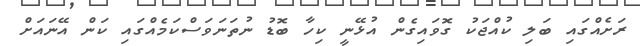
ރަށެއްގައި ބަލި ކުއްޖަކު ގޮވައިގެން އުޅޭނީ ކިހާ ބޮޑު ނުތަނަވަސްކަމެއްގައި ކަން އޭނައަށް